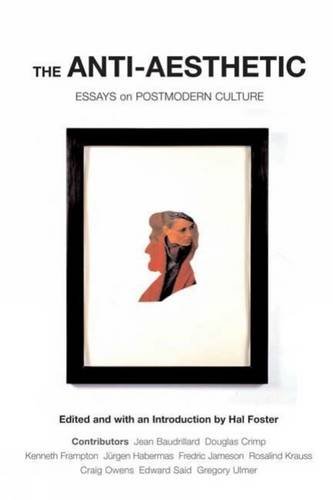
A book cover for The Anti-Aesthetic: Essays on Postmodern Culture; Politics & Social Sciences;